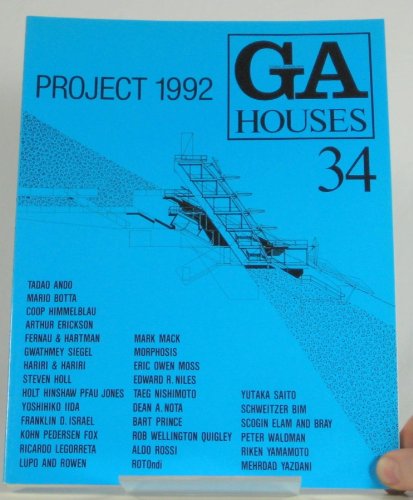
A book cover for Ga Houses, No 34; Arts & Photography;